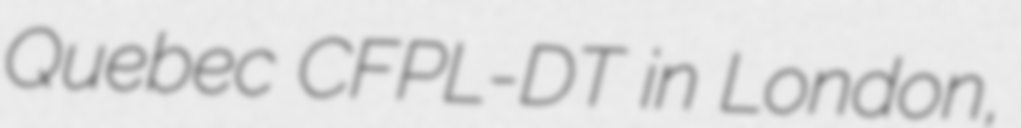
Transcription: Quebec CFPL-DT in London,